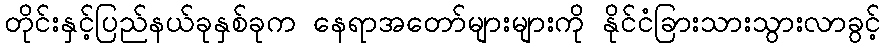
တိုင်းနှင့်ပြည်နယ်ခုနှစ်ခုက နေရာအတော်များများကို နိုင်ငံခြားသားသွားလာခွင့်